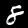
Label: 8